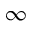
\infty